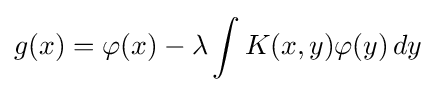
g(x)=\varphi (x)-\lambda \int K(x,y)\varphi (y)\,dy